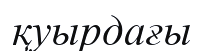
қуырдағы